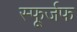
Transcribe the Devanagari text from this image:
स्फूर्जफ